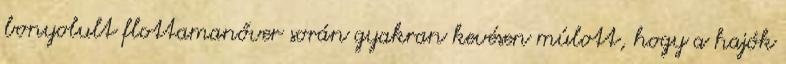
bonyolult flottamanőver során gyakran kevésen múlott, hogy a hajók